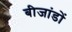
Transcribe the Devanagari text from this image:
बीजांडों